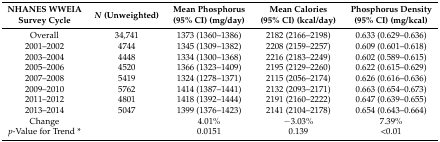
<table><thead><tr><td><b>NHANES WWEIA Survey Cycle</b></td><td><b><i>N</i> (Unweighted)</b></td><td><b>Mean Phosphorus (95% CI) (mg/day)</b></td><td><b>Mean Calories (95% CI) (kcal/day)</b></td><td><b>Phosphorus Density (95% CI) (mg/kcal)</b></td></tr></thead><tbody><tr><td>Overall</td><td>34,741</td><td>1373 (1360–1386)</td><td>2182 (2166–2198)</td><td>0.633 (0.629–0.636)</td></tr><tr><td>2001–2002</td><td>4744</td><td>1345 (1309–1382)</td><td>2208 (2159–2257)</td><td>0.609 (0.601–0.618)</td></tr><tr><td>2003–2004</td><td>4448</td><td>1334 (1300–1368)</td><td>2216 (2183–2249)</td><td>0.602 (0.589–0.615)</td></tr><tr><td>2005–2006</td><td>4520</td><td>1366 (1323–1409)</td><td>2195 (2129–2260)</td><td>0.622 (0.615–0.629)</td></tr><tr><td>2007–2008</td><td>5419</td><td>1324 (1278–1371)</td><td>2115 (2056–2174)</td><td>0.626 (0.616–0.636)</td></tr><tr><td>2009–2010</td><td>5762</td><td>1414 (1387–1441)</td><td>2132 (2093–2171)</td><td>0.663 (0.654–0.673)</td></tr><tr><td>2011–2012</td><td>4801</td><td>1418 (1392–1444)</td><td>2191 (2160–2222)</td><td>0.647 (0.639–0.655)</td></tr><tr><td>2013–2014</td><td>5047</td><td>1399 (1376–1423)</td><td>2141 (2104–2178)</td><td>0.654 (0.643–0.664)</td></tr><tr><td>Change</td><td></td><td>4.01%</td><td>−3.03%</td><td>7.39%</td></tr><tr><td><i>p</i>-Value for Trend *</td><td></td><td>0.0151</td><td>0.139</td><td>&lt;0.01</td></tr></tbody></table>